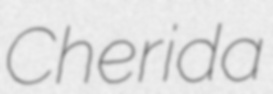
Cherida